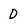
Character: D